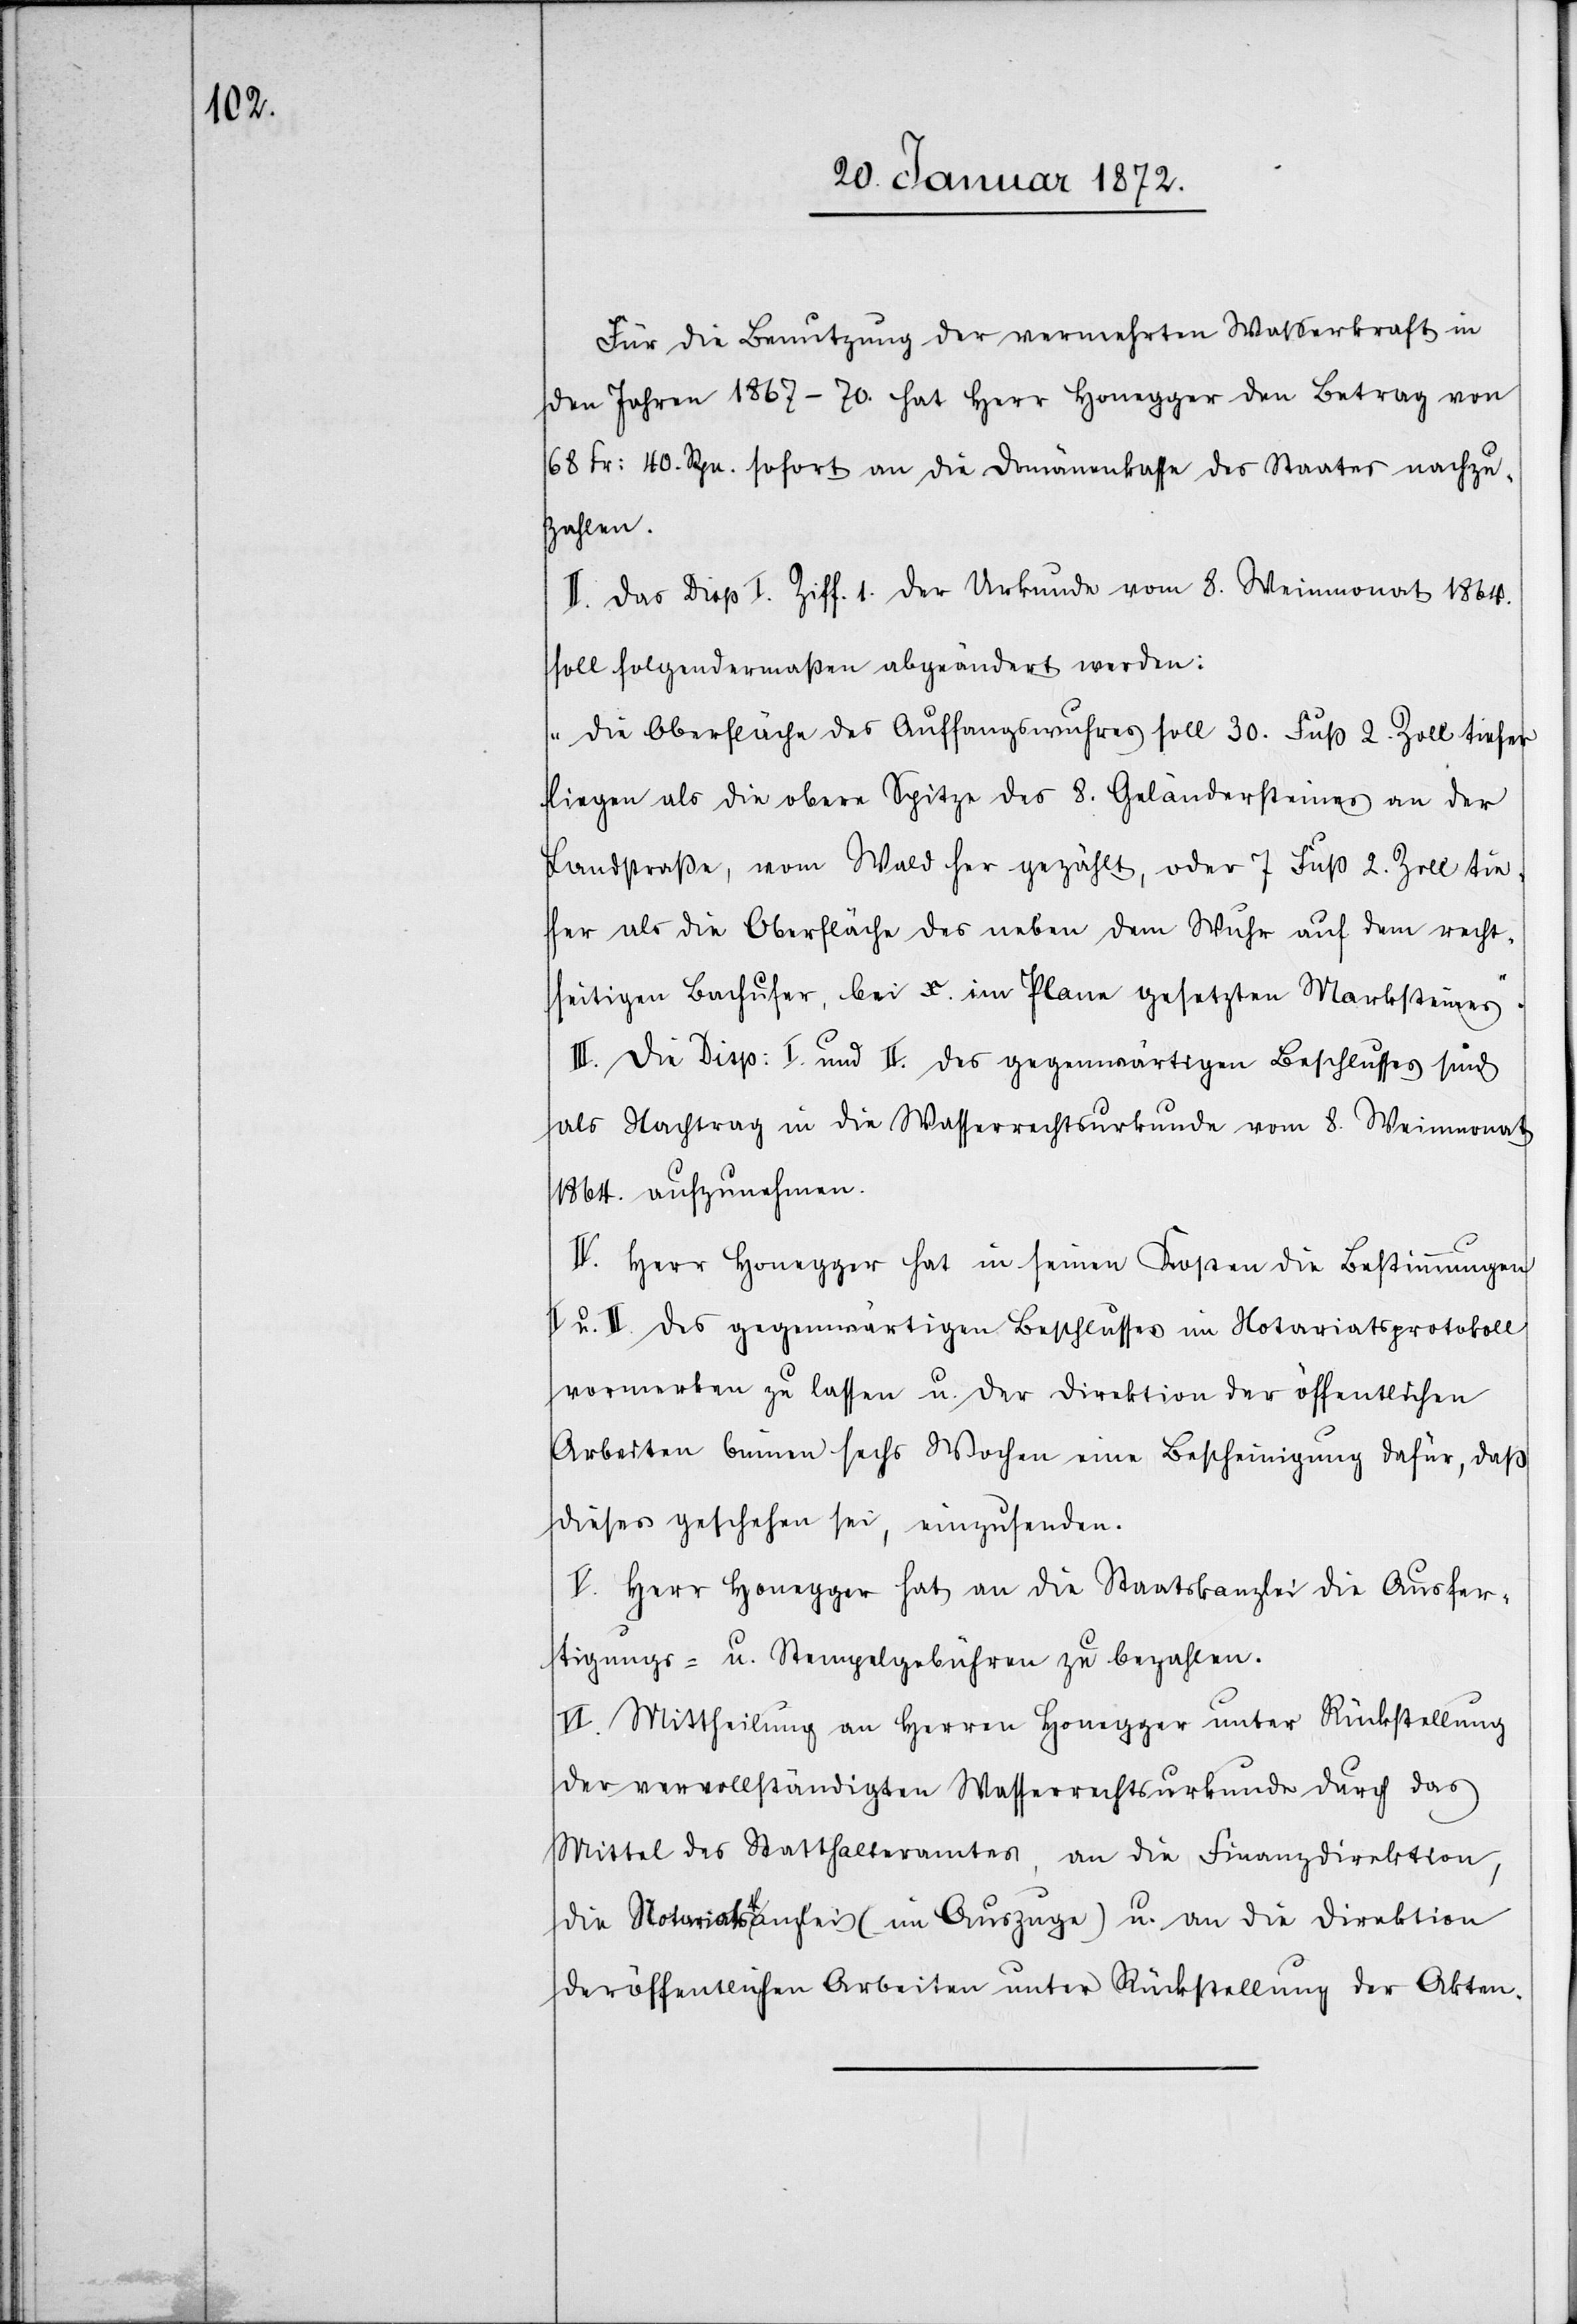
Für die Benutzung der vermehrten Wasserkraft in
den Jahren 1867–70. hat Herr Honegger den Betrag von
68 Fr: 40. Rpn. sofort an die Domänenkasse des Staates nachzu¬
zahlen.
II. Das Disp I. Ziff. 1. der Urkunde vom 8. Weinmonat 1864.
soll folgendermaßen abgeändert werden:
„Die Oberfläche des Auffangswuhres soll 30. Fuß 2. Zoll tiefer
liegen als die obere Spitze des 8. Geländersteines an der
Landstraße, vom Wald her gezählt, oder 7 Fuß 2. Zoll tie¬
fer als die Oberfläche des neben dem Wuhr auf dem recht¬
seitigen Bachufer, bei X. im Plane gesetzten Marksteines“.
III. Die Disp: I. und II. des gegenwärtigen Beschlusses sind
als Nachtrag in die Wasserrechtsurkunde vom 8. Weinmonat
1864. aufzunehmen.
IV. Herr Honegger hat in seinen Kosten die Bestimmungen
I u. II. des gegenwärtigen Beschlusses im Notariatsprotokoll
vormerken zu lassen u. der Direktion der öffentlichen
Arbeiten binnen sechs Wochen eine Bescheinigung dafür, daß
dieses geschehen sei, einzusenden.
V. Herr Honegger hat an die Staatskanzlei die Ausfer¬
tigungs- u. Stempelgebühren zu bezahlen.
VI. Mittheilung an Herren Honegger unter Rückstellung
der vervollständigten Wasserrechtsurkunde durch das
Mittel des Statthalteramtes, an die Finanzdirektion,
die Notariatskanzlei (im Auszuge) u. an die Direktion
der öffentlichen Arbeiten unter Rückstellung der Akten.